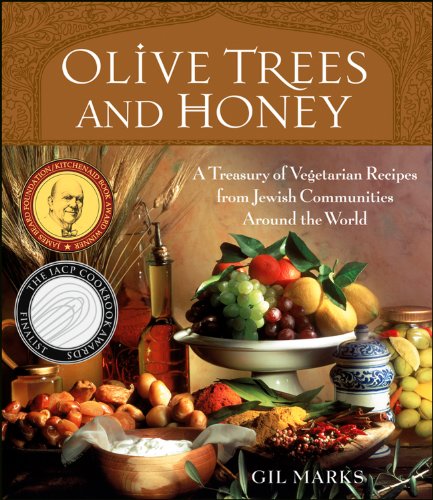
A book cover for Olive Trees and Honey: A Treasury of Vegetarian Recipes from Jewish Communities Around the World; Gil Marks; Cookbooks, Food & Wine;